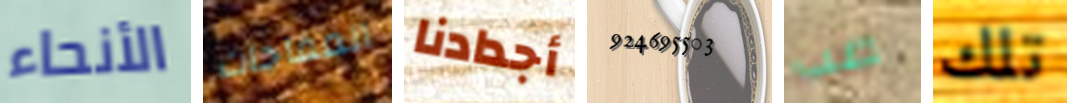
الأنحاء المفاجآت أجدادنا 924695503 صب تلك